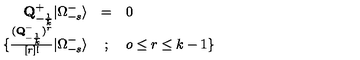
\begin{array} { r c l } { { \bf { Q } } _ { - { \frac { 1 } { k } } } ^ { + } \vert \Omega _ { - s } ^ { - } \rangle } & { = } & { 0 } \\ { \{ { \frac { ( { \bf { Q } } _ { - { \frac { 1 } { k } } } ^ { - } ) ^ { r } } { [ r ] ! } } \vert \Omega _ { - s } ^ { - } \rangle } & { ; } & { o \le r \le k - 1 \} } \\ \end{array}